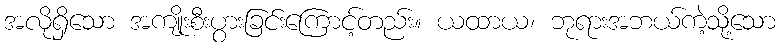
အလိုရှိသော အကျိုးစီးပွားခြင်းကြောင့်တည်း။ ယထာယ၊ ဘုရားအဘယ်ကဲ့သို့သော